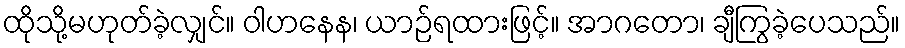
ထိုသို့မဟုတ်ခဲ့လျှင်။ ဝါဟနေန၊ ယာဉ်ရထားဖြင့်။ အာဂတော၊ ချီကြွခဲ့ပေသည်။